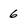
Character: 6